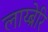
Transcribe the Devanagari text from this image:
लाय्ब्रेरि